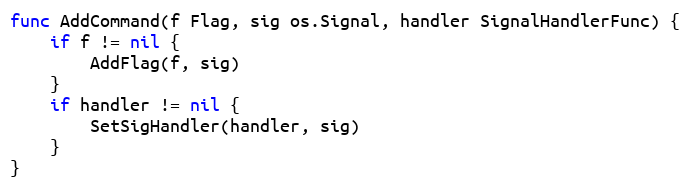
Language: Go
func AddCommand(f Flag, sig os.Signal, handler SignalHandlerFunc) {
	if f != nil {
		AddFlag(f, sig)
	}
	if handler != nil {
		SetSigHandler(handler, sig)
	}
}